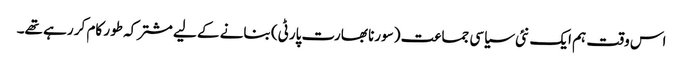
اس وقت ہم ایک نئی سیاسی جماعت (سورنا بھارت پارٹی) بنانے کے لیے مشترکہ طور کام کر رہے تھے۔